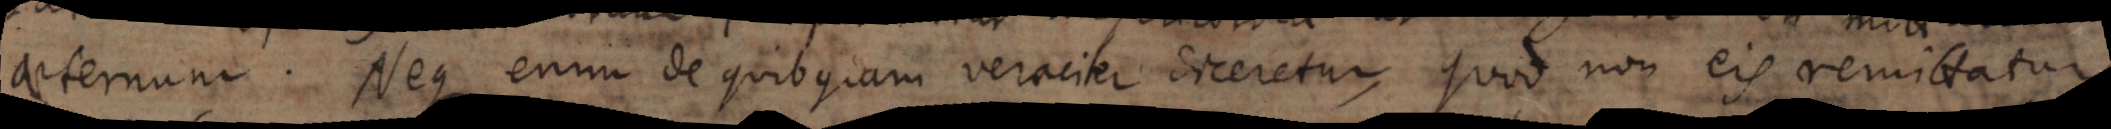
aeternum. Neque enim de quibusdam veraciter diceretur, quod non eis remittatur